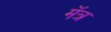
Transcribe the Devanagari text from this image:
मॅत्र